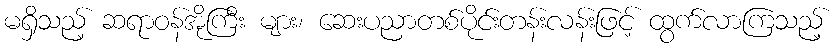
မရှိသည့် ဆရာဝန်အိုကြီး များ၊ ဆေးပညာတစ်ပိုင်းတန်းလန်းဖြင့် ထွက်လာကြသည့်